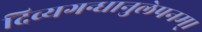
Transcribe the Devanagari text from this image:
दिव्यगन्धानुलेपनम्‌।